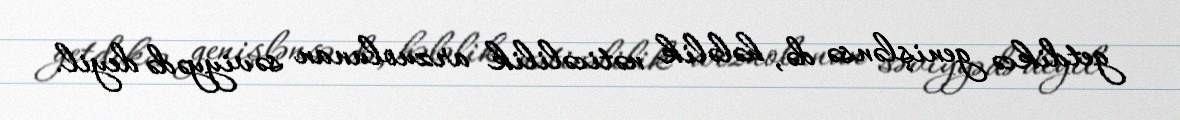
getdikcə genişlənsə də, hələlik nəticəlilik arzuolunan səviyyədə deyil.